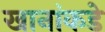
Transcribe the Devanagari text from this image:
खानांकडे